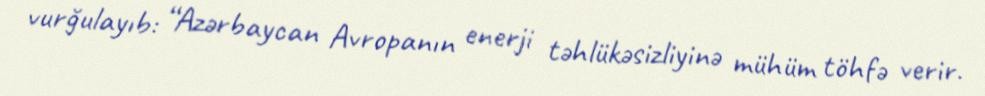
vurğulayıb: “Azərbaycan Avropanın enerji təhlükəsizliyinə mühüm töhfə verir.